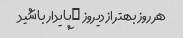
هر روز بهتر از دیروز …پایدار باشید